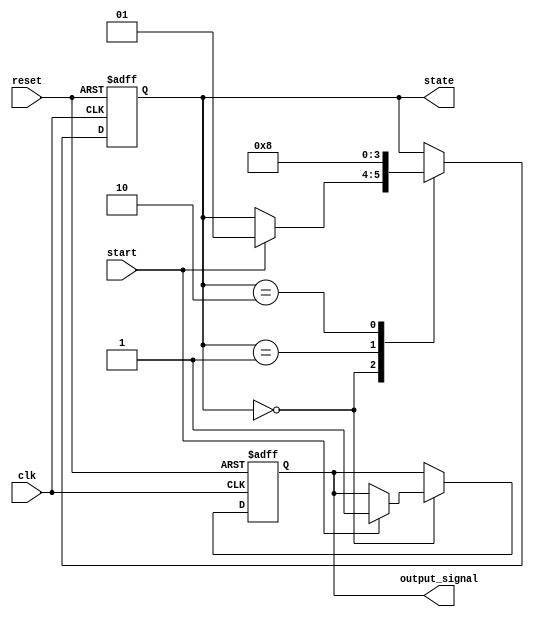
module fsm_with_reset (
    input wire clk,           // Clock signal
    input wire reset,         // Asynchronous active-high reset signal
    input wire start,         // Input signal to trigger state transition
    output reg [1:0] state,   // Current state of the FSM
    output reg output_signal   // Output signal driven by the FSM
);

// State encoding
localparam IDLE   = 2'b00;  // Idle state
localparam STATE1 = 2'b01;  // State 1
localparam STATE2 = 2'b10;  // State 2

// Default State Initialization
always @(posedge clk or posedge reset) begin
    if (reset) begin
        // Reset condition: Initialize state and output
        state <= IDLE;          // Set current state to IDLE
        output_signal <= 1'b0;  // Initialize output signal to 0
    end else begin
        // State transition logic (example)
        case (state)
            IDLE: begin
                if (start) begin
                    state <= STATE1; // Transition to STATE1
                    output_signal <= 1'b1; // Set output signal
                end
            end
            STATE1: begin
                // Example transition logic
                state <= STATE2; // Transition to STATE2
            end
            STATE2: begin
                // Example transition logic
                state <= IDLE;   // Transition back to IDLE
            end
        endcase
    end
end

endmodule